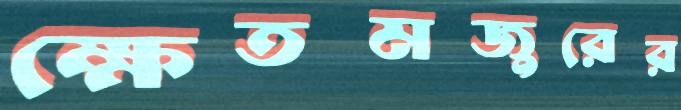
ক্ষেতমজুরের